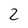
Character: 2